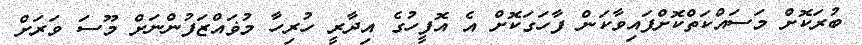
ބުރަކޮށް މަސައްކަތްކޮށްފައިވާކަން ފާހަގަކޮށް އެ އޮފީހުގެ އިދާރީ ހުރިހާ މުޥައްޒަފުންނަށް މޫސަ ވަރަށް